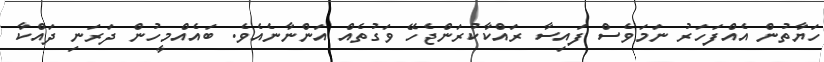
ހަޔާތުން އެއްފަހަރު ނަމަވެސް ފައިސާ ރައްކާކުރަންޖެހޭ ވަގުތެއް އަންނާނެއެވެ. ބައެއްމީހުން ދަރަނި ދައްކާ